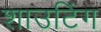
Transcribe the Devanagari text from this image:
शाउटिंग